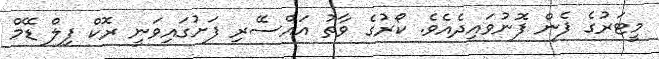
މީޓަރުގެ ފެން ފޮނުވައިދެއެވެ. ކޯރުގެ ވާތު އައްސޭރި ފަށުގައިވަނީ ރޮކް ފިލް ޑޭމް